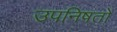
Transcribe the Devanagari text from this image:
उपनिषतों